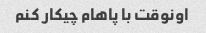
اونوقت با پاهام چیکار کنم